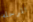
المرحله